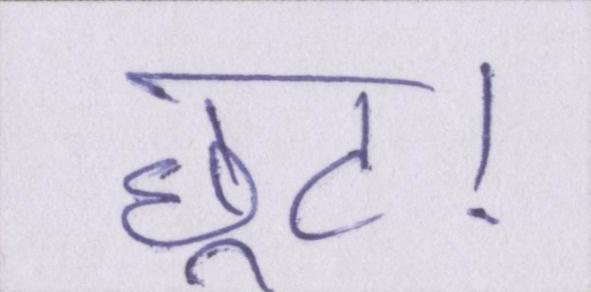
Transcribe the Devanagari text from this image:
छूट।